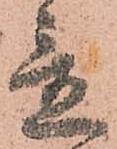
置